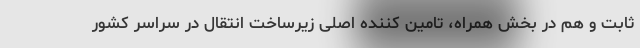
ثابت و هم در بخش همراه، تامین کننده اصلی زیرساخت انتقال در سراسر کشور